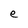
Character: e